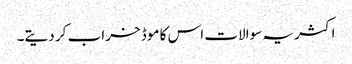
اکثر یہ سوالات اس کا موڈ خراب کر دیتے۔